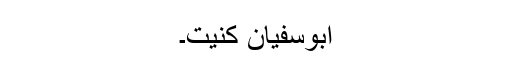
ابوسفیان کنیت۔